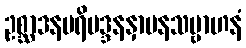
ဥစ္ဆာဒနပရိမဒ္ဒနနှာပနသမ္ဗာဟနံ